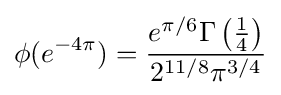
\phi (e^{-4\pi })={\frac {e^{\pi /6}\Gamma \left({\frac {1}{4}}\right)}{2^{{11}/8}\pi ^{3/4}}}